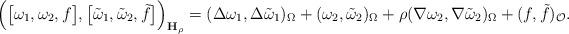
LaTeX: \begin{align*}\left( \big[\omega _{1},\omega _{2},f\big],\big[\tilde{\omega}_{1},\tilde{\omega}_{2},\tilde{f}\big]\right) _{\mathbf{H}_{\rho }}=(\Delta \omega_{1},\Delta \tilde{\omega}_{1})_{\Omega }+(\omega _{2},\tilde{\omega}_{2})_{\Omega }+\rho (\nabla \omega _{2},\nabla \tilde{\omega}_{2})_{\Omega}+(f,\tilde{f})_{\mathcal{O}}. \end{align*}